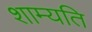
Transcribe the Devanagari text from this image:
शाम्यति